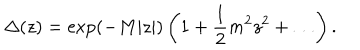
\Delta ( z ) = \exp ( - M | z | ) \left( 1 + { \frac { 1 } { 2 } } m ^ { 2 } z ^ { 2 } + \ldots \right) .